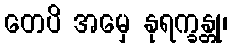
တေပိ အမှေ နုရက္ခန္တု၊